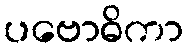
ပဗောဓိကာ